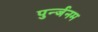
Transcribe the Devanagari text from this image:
पुर्न्जनम